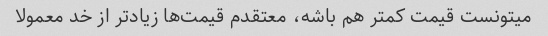
میتونست قیمت کمتر هم باشه، معتقدم قیمت‌ها زیادتر از خد معمولا